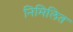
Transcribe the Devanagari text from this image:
निमिलित